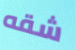
شقه